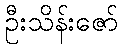
ဦးသိန်းဇော်